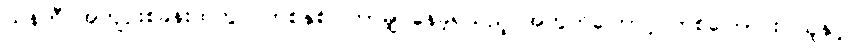
ယန်ကီ အကျဉ်းစခန်းထဲတွင် တစ်နှစ် ကြာမျှ နေခဲ့ရသည့် အတွက်ကြောင့် တစ်ကြောင်း၊ သူနှင့်